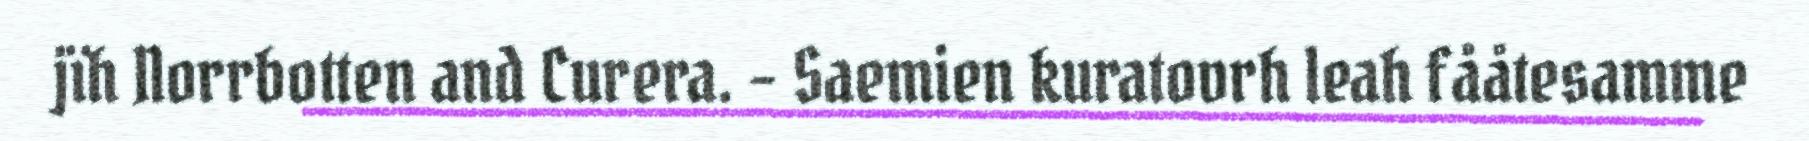
jïh Norrbotten and Curera. – Saemien kuratovrh leah fååtesamme